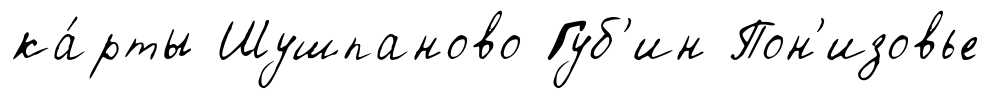
ка́рты Шушпаново Губ'ин Пон'изовье